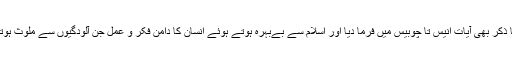
اس کا ذکر بھی آیات انیس تا چوبیس میں فرما دیا اور اسلام سے بےبہرہ ہوتے ہوئے انسان کا دامن فکر و عمل جن آلودگیوں سے ملوث ہوتا ہے۔